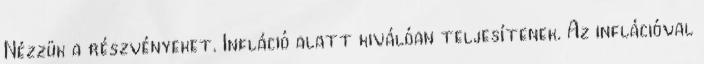
Nézzük a részvényeket. Infláció alatt kiválóan teljesítenek. Az inflációval